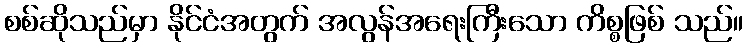
စစ်ဆိုသည်မှာ နိုင်ငံအတွက် အလွန်အရေးကြီးသော ကိစ္စဖြစ် သည်။